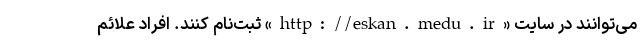
می‌توانند در سایت «http://eskan.medu.ir» ثبت‌نام کنند. افراد علائم